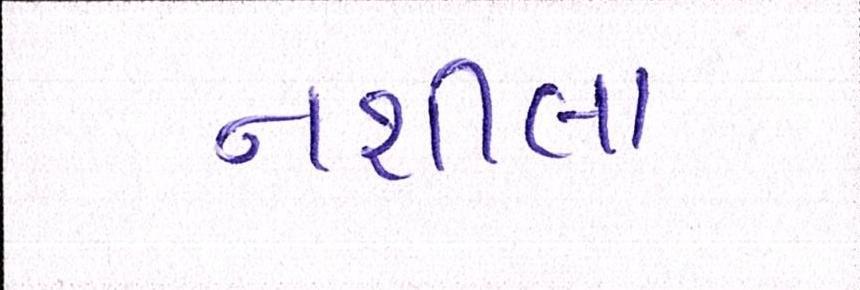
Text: નશીલા